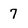
Character: 7